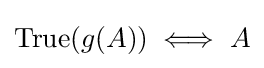
\mathrm {True} (g(A))\iff A